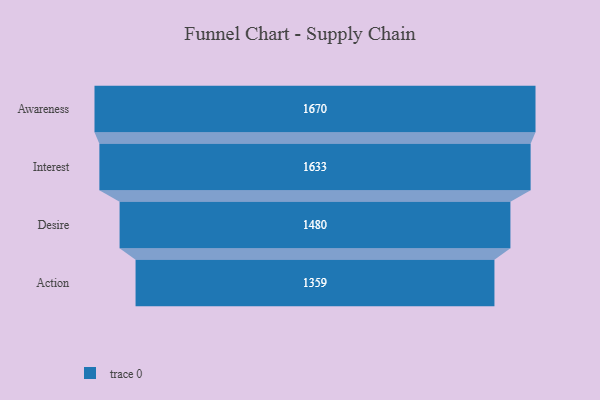
{"axis": {"x": "Stage", "y": "Value"}, "legend": [""], "data": [{"x": "Awareness", "y": 1670.0, "type": ""}, {"x": "Interest", "y": 1633.0, "type": ""}, {"x": "Desire", "y": 1480.0, "type": ""}, {"x": "Action", "y": 1359.0, "type": ""}]}